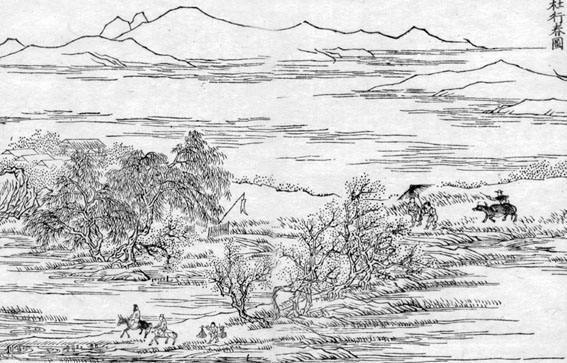
江南春尽离肠断，苹满汀洲人未归。